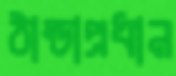
ঠান্ডাপ্রধান